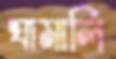
ঘামালি